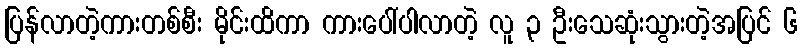
ပြန်လာတဲ့ကားတစ်စီး မိုင်းထိကာ ကားပေါ်ပါလာတဲ့ လူ ၃ ဦးသေဆုံးသွားတဲ့အပြင် ၆